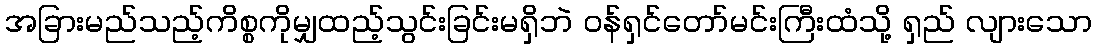
အခြားမည်သည့်ကိစ္စကိုမျှထည့်သွင်းခြင်းမရှိဘဲ ဝန်ရှင်တော်မင်းကြီးထံသို့ ရှည် လျားသော